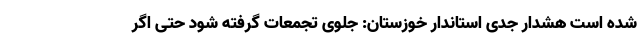
شده است هشدار جدی استاندار خوزستان: جلوی تجمعات گرفته شود حتی اگر